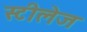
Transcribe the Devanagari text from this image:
स्टीलेज